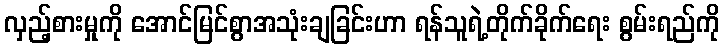
လှည့်စားမှုကို အောင်မြင်စွာအသုံးချခြင်းဟာ ရန်သူရဲ့တိုက်ခိုက်ရေး စွမ်းရည်ကို